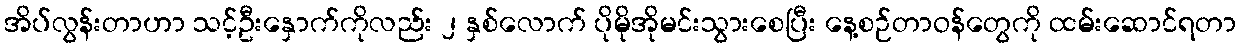
အိပ်လွန်းတာဟာ သင့်ဦးနှောက်ကိုလည်း ၂ နှစ်လောက် ပိုမိုအိုမင်းသွားစေပြီး နေ့စဉ်တာဝန်တွေကို ထမ်းဆောင်ရတာ